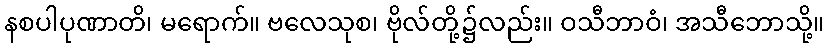
နစပါပုဏာတိ၊ မရောက်။ ဗလေသုစ၊ ဗိုလ်တို့၌လည်း။ ဝသီဘာဝံ၊ အသီဘောသို့။